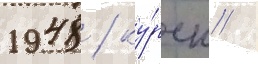
1948 / ку́рск /